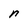
Character: n